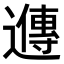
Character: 𬩘